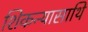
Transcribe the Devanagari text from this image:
शिकन्यासाथि